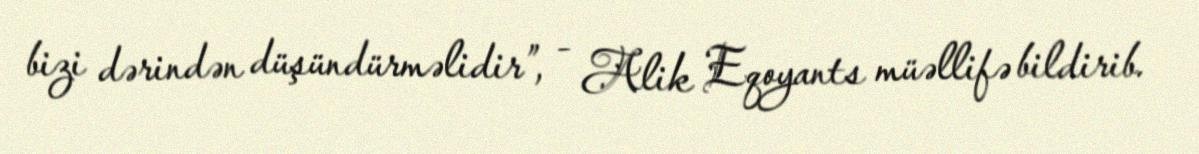
bizi dərindən düşündürməlidir”, - Alik Eqoyants müəllifə bildirib.